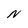
Character: N